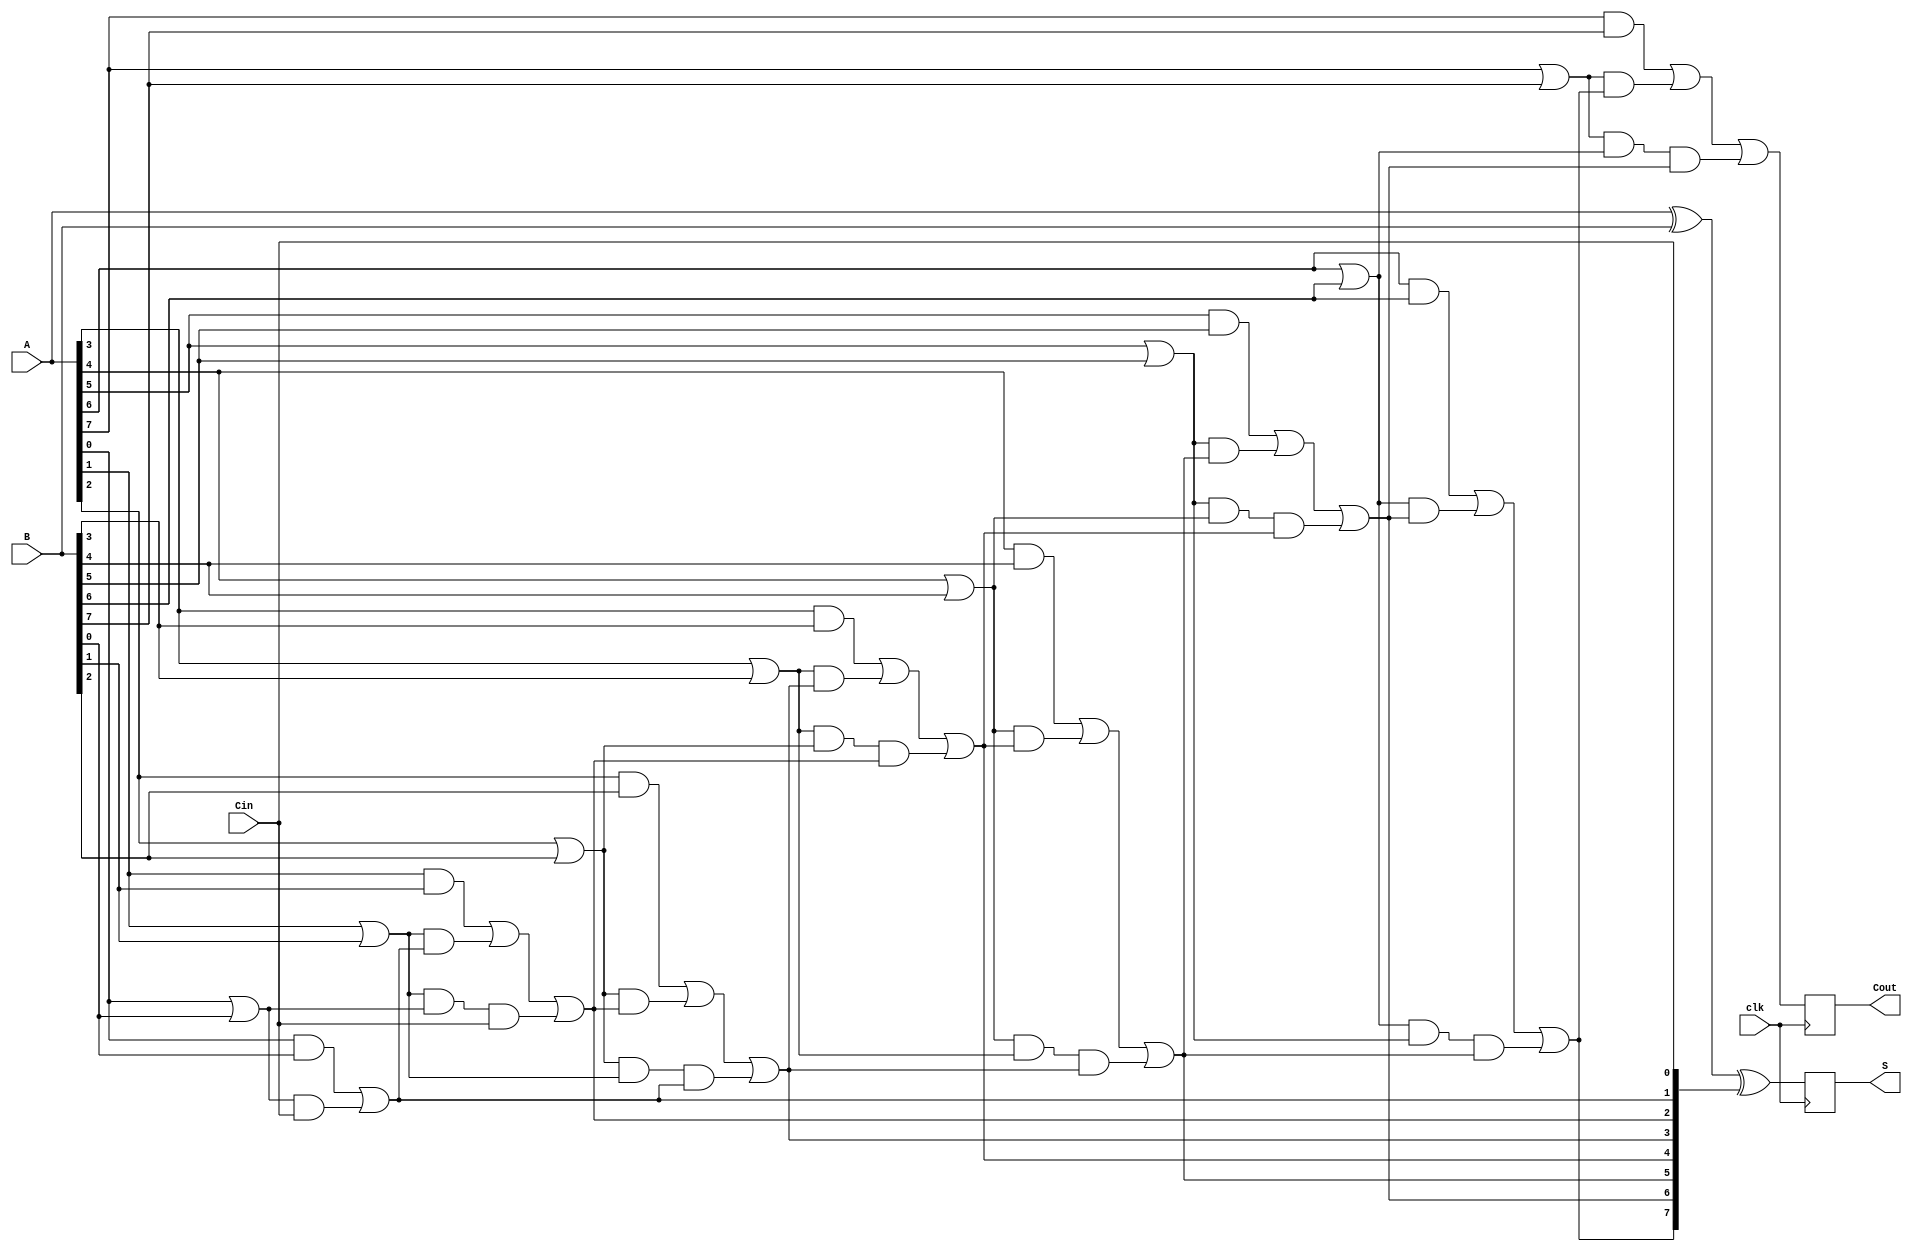
module PipelinedCLA #(
    parameter n = 8 // Width of the binary numbers
)(
    input wire clk,             // Global clock signal
    input wire [n-1:0] A,      // First n-bit input
    input wire [n-1:0] B,      // Second n-bit input
    input wire Cin,             // Carry input
    output reg [n-1:0] S,       // n-bit sum output
    output reg Cout             // Carry output
);

    // Intermediate signals for generate and propagate
    wire [n-1:0] G; // Generate signals
    wire [n-1:0] P; // Propagate signals
    wire [n:0] C;    // Carry signals (C[0] = Cin)

    // Stage 1: Generate and Propagate calculation
    genvar i;
    generate
        for (i = 0; i < n; i = i + 1) begin : gen_prop
            assign G[i] = A[i] & B[i]; // Generate
            assign P[i] = A[i] | B[i]; // Propagate
        end
    endgenerate

    // Carry signal generation
    assign C[0] = Cin; // Initial carry input
    generate
        for (i = 0; i < n; i = i + 1) begin : carry_gen
            if (i == 0) begin
                assign C[i + 1] = G[i] | (P[i] & C[i]); // C1
            end else begin
                assign C[i + 1] = G[i] | (P[i] & C[i]) | (P[i] & P[i-1] & C[i-1]); // C2, C3, ...
            end
        end
    endgenerate

    // Stage 2: Sum calculation
    always @(posedge clk) begin
        S <= A ^ B ^ C[n-1:0]; // Sum calculation
        Cout <= C[n];         // Final carry output
    end

endmodule